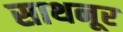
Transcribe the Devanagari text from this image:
साथनूर